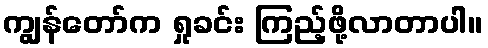
ကျွန်တော်က ရှုခင်း ကြည့်ဖို့လာတာပါ။